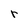
Character: r